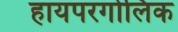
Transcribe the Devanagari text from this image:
हायपरगोलिक